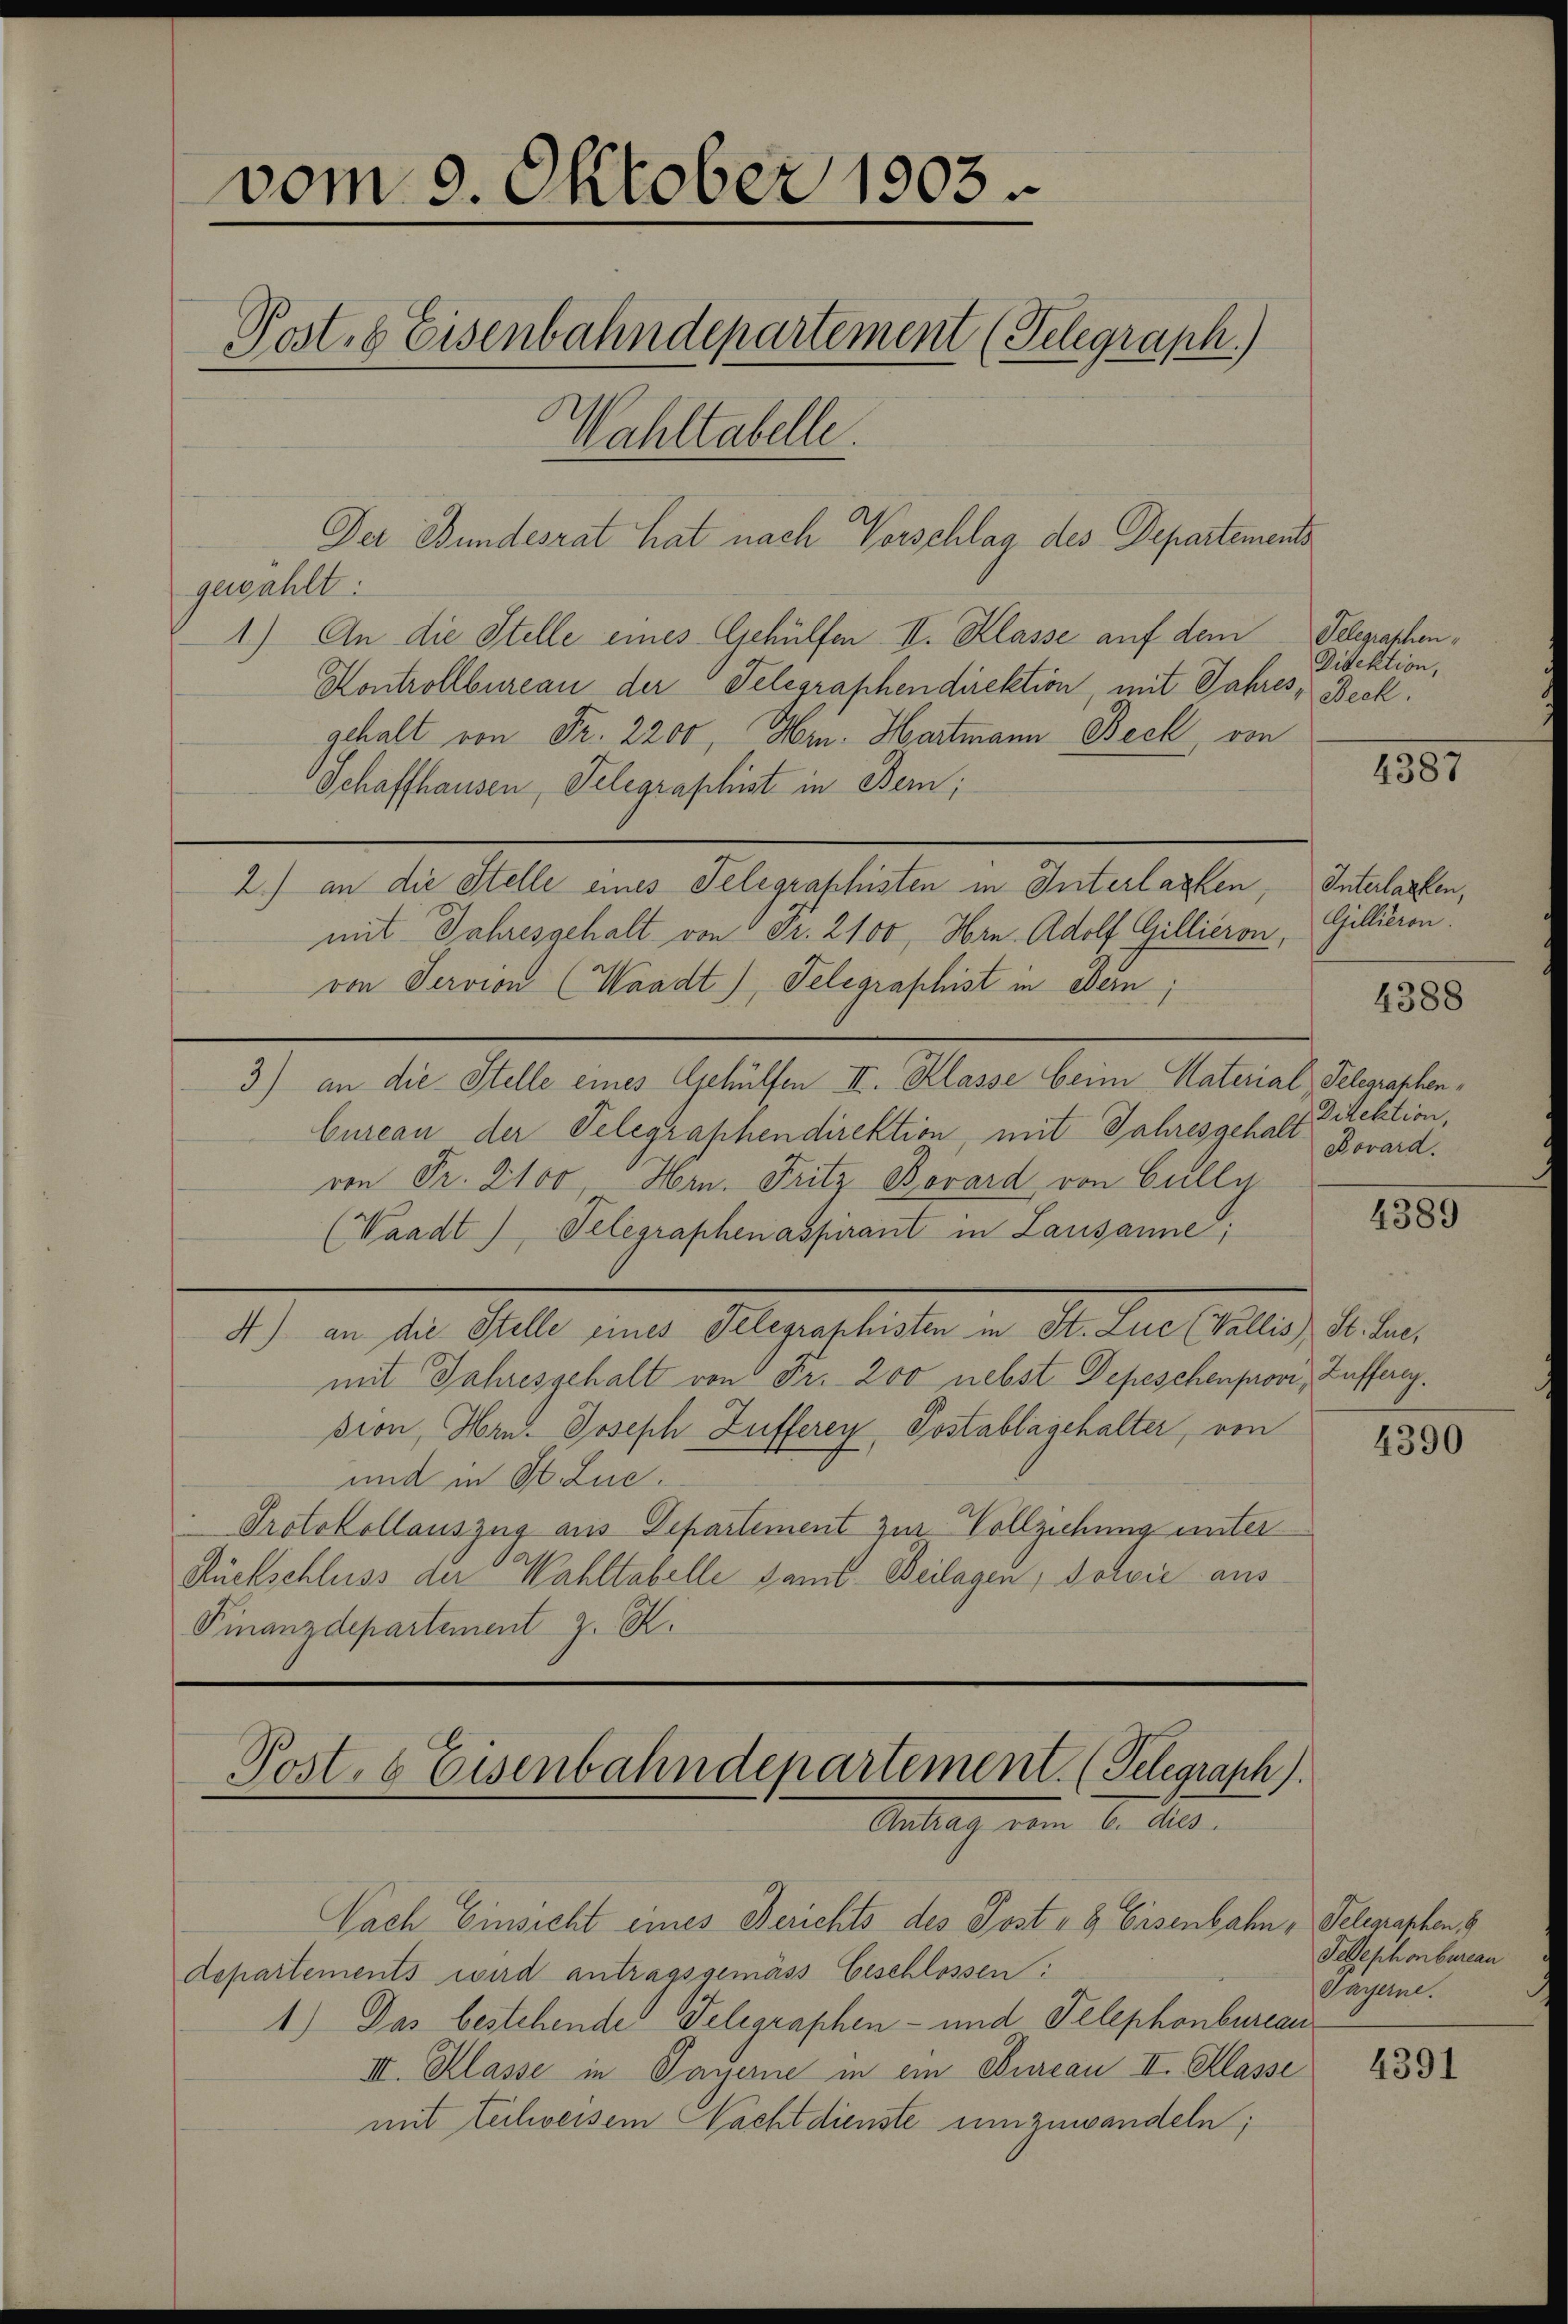
vom 9. Oktober 1903.
Post, 6 Eisenbahndepartement (Telegraph.)
Wahltabelle.
—

Der Bundesrat hat nach Vorschlag des Departements
gewählt:
1) An die Stelle eines Gehülfen II. Klasse auf dem Telegraphen¬
Kontrollbureau der Telegraphendirektion, mit Jahres, Beck.
gehalt von Fr. 2200, Hrn. Hartmann Beck, von
Schaffhausen, Telegraphist in Bern;
2.) an die Stelle eines Telegraphisten in Interlacken, Interlassen,
mit Jahresgehalt von 5 Fr. 2100, Hrn. Adolf Gillieron,
von Servion (Waadt) Telegraphist in Bern;
3) an die Stelle eines Gehülfen II. Klasse beim Material Telegraphenbureau der Telegraphendirektion, mit Jahresgehalt
von Fr. 2100, Hrn. Fritz Borard von Cully
(Waadt) Telegraphenaspirant in Lausanne;
4) an die Stelle eines Telegraphisten in St. Luc (Vallis St. Liemit Jahresgehalt von Fr. 200 nebst Depeschenprovi, Zufferey.
sion, Hrn. Joseph Zufferey, Postablagehalter, von
und in St. Luc.
Protokollauszug aus Departement zur Vollziehung unter
Rückschluss der Wahltabelle samt Beilagen, sowie aus
Finanzdepartement z. K.

Post. 8 Eisenbahndepartement. (Telegraph
Antrag vom 6. d.

Nach Einsicht eines Berichts des Post- & Eisenbahn, Telegraphen S
departements wird antragsgemäss Geschlossen:
1.) Das bestehende Telegraphen- und Telephonbureau
III. Klasse in Payerne in ein Bureau II. Klasse
mit Leilweisen Nachtdienste umzuwandeln;

Direktion,

1387

Gillieren.
Direktion,
Dovard.

4388

4389

4390

Telephonbureau
Payerne.

4391